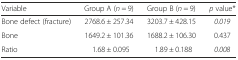
| Variable | Group A (n = 9) | Group B (n = 9) | p value* |
 | --- | --- | --- | --- |
 | Bone defect (fracture) | 2768.6 ± 257.34 | 3203.7 ± 428.15 | 0.019 |
 | Bone | 1649.2 ± 101.36 | 1688.2 ± 106.30 | 0.437 |
 | Ratio | 1.68 ± 0.095 | 1.89 ± 0.188 | 0.008 |